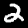
Label: 2